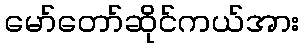
မော်တော်ဆိုင်ကယ်အား